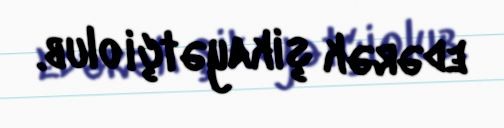
edərək şikayətçi olub.